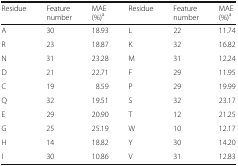
<table><thead><tr><td><b>Residue</b></td><td><b>Feature number</b></td><td><b>MAE (%)<sup>a</sup></b></td><td><b>Residue</b></td><td><b>Feature number</b></td><td><b>MAE (%)<sup>a</sup></b></td></tr></thead><tbody><tr><td>A</td><td>30</td><td>18.93</td><td>L</td><td>22</td><td>11.74</td></tr><tr><td>R</td><td>23</td><td>18.87</td><td>K</td><td>32</td><td>16.82</td></tr><tr><td>N</td><td>31</td><td>23.28</td><td>M</td><td>31</td><td>12.24</td></tr><tr><td>D</td><td>21</td><td>22.71</td><td>F</td><td>29</td><td>11.95</td></tr><tr><td>C</td><td>19</td><td>8.59</td><td>P</td><td>29</td><td>19.99</td></tr><tr><td>Q</td><td>32</td><td>19.51</td><td>S</td><td>32</td><td>23.17</td></tr><tr><td>E</td><td>29</td><td>20.90</td><td>T</td><td>12</td><td>21.25</td></tr><tr><td>G</td><td>25</td><td>25.19</td><td>W</td><td>10</td><td>12.17</td></tr><tr><td>H</td><td>14</td><td>18.82</td><td>Y</td><td>30</td><td>14.20</td></tr><tr><td>I</td><td>30</td><td>10.86</td><td>V</td><td>31</td><td>12.83</td></tr></tbody></table>